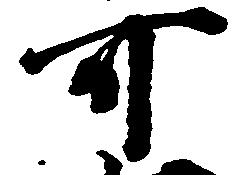
可